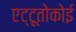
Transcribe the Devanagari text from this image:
एट्टूतोकोई